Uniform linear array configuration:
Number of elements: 12
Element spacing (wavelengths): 1
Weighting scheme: blackman
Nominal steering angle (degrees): -60
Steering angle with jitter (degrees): -58.822
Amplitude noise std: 0.05
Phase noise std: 0.05

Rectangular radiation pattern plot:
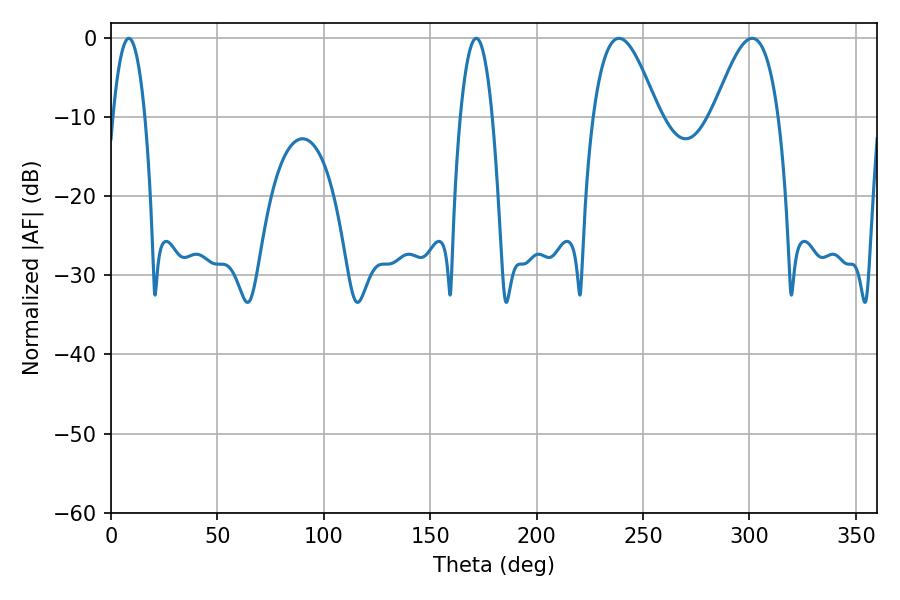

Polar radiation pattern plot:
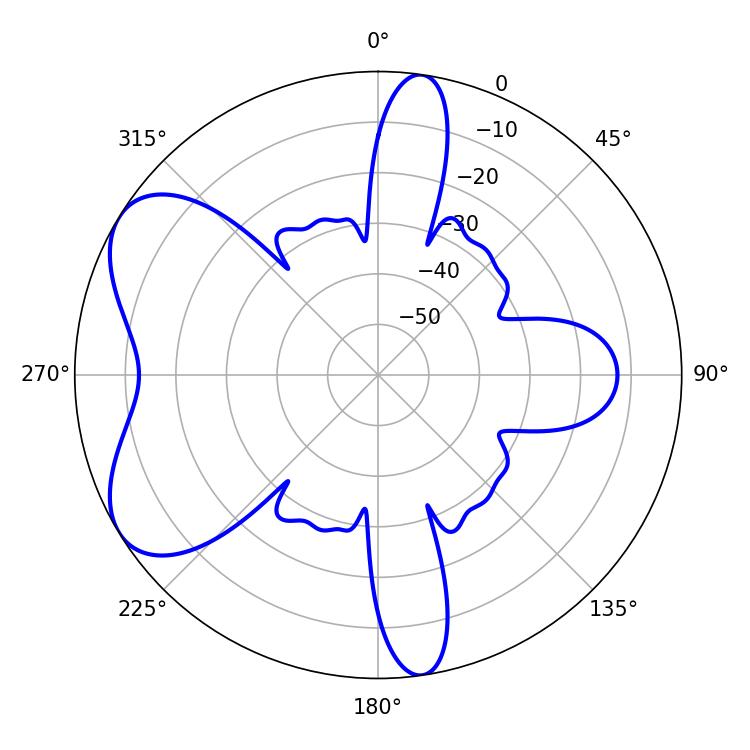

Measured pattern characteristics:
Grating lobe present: TRUE
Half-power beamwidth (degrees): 16.56
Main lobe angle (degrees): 238.68